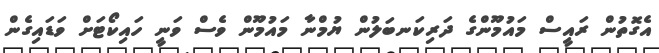
އެގޮތުން ރައީސް މައުމޫންގެ ދަރިކަނބަލުން ޔުމްނާ މައުމޫން ވެސް ވަނީ ހައިކޯޓަށް ވަޑައިގެން